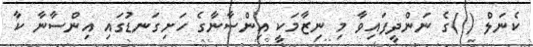
ކެނަލް ( )ގެ ނަންދީފައިވާ މި ނިޒާމަކީ އިންސާނާގެ ހަށިގަނޑުގައި އިންސާނާ ކާ